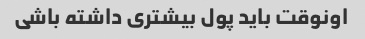
اونوقت باید پول بیشتری داشته باشی